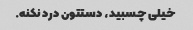
خیلی چسبید، دستتون درد نکنه.